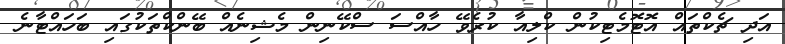
އަދި ޗެކްތައް އޮޓޮމެޓިކުން ކްލިއާ ކުރެވޭ ހާއްސަ ސްކޭނިން މެޝިނެއް ބޭންކްތަކުގައި ބަހައްޓާނެ